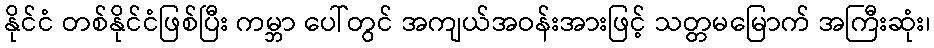
နိုင်ငံ တစ်နိုင်ငံဖြစ်ပြီး ကမ္ဘာ ပေါ်တွင် အကျယ်အဝန်းအားဖြင့် သတ္တမမြောက် အကြီးဆုံး၊